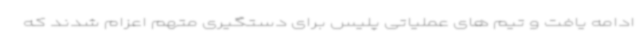
ادامه یافت و تیم های عملیاتی پلیس برای دستگیری متهم اعزام شدند که